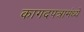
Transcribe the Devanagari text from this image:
कागदपत्रामंध्ये